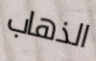
الذهاب